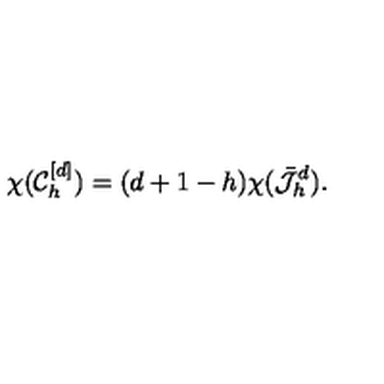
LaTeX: \chi ( \mathcal { C } _ { h } ^ { [ d ] } ) = ( d + 1 - h ) \chi ( \bar { \mathcal { J } } _ { h } ^ { d } ) .